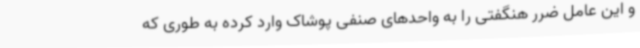
و این عامل ضرر هنگفتی را به واحدهای صنفی پوشاک وارد کرده به طوری که